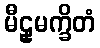
မီဠှမက္ခိတံ